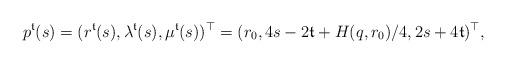
LaTeX: \begin{align*}p^\mathfrak{t}(s) = (r^\mathfrak{t}(s), \lambda^\mathfrak{t}(s), \mu^\mathfrak{t}(s))^\top = (r_0, 4s-2\mathfrak{t}+H(q,r_0)/4, 2s+4\mathfrak{t})^\top,\end{align*}